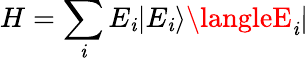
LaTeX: H=\sum_{\mathit{i}}E_{\mathit{i}}|E_{\mathit{i}}\rangle\langleE_{\mathit{i}}|